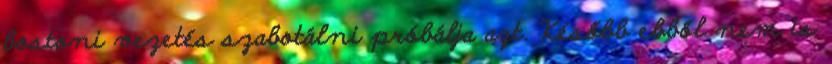
bostoni vezetés szabotálni próbálja azt. Később ebből nem is